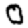
Digit: 0